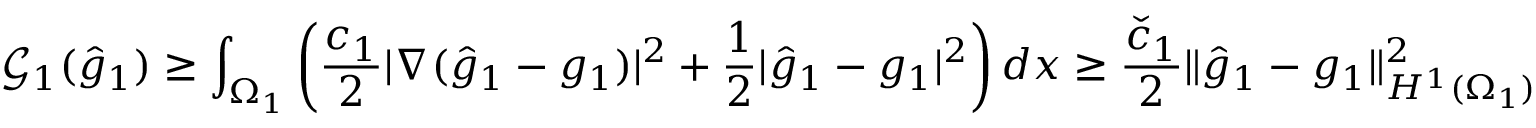
\mathcal { G } _ { 1 } ( \hat { g } _ { 1 } ) \geq \int _ { \Omega _ { 1 } } \left( \frac { c _ { 1 } } { 2 } | \nabla ( \hat { g } _ { 1 } - g _ { 1 } ) | ^ { 2 } + \frac 1 2 | \hat { g } _ { 1 } - g _ { 1 } | ^ { 2 } \right) d x \geq \frac { \check { c } _ { 1 } } { 2 } \lVert \hat { g } _ { 1 } - g _ { 1 } \rVert _ { H ^ { 1 } ( \Omega _ { 1 } ) } ^ { 2 }